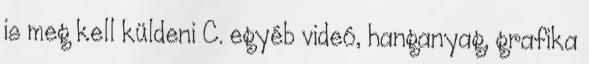
is meg kell küldeni C. egyéb videó, hanganyag, grafika